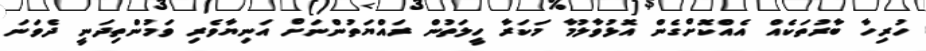
ހުރިހާ ބާރުތަކެއް އެއްކޮށްގެން އޮޅުވާލުމާ މަކަރާ ހީލަތުން ރައްޔަތުންނަށް އަނިޔާވެރި ވަމުންތިދަނީ ދެވަނަ